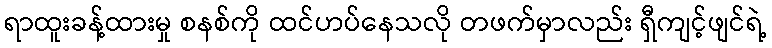
ရာထူးခန့်ထားမှု စနစ်ကို ထင်ဟပ်နေသလို တဖက်မှာလည်း ရှီကျင့်ဖျင်ရဲ့